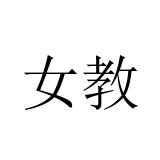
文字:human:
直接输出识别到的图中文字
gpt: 女教